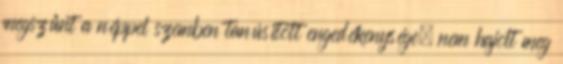
megszűnt a néppel szemben tanúsított engedékenysége, nem hajolt meg